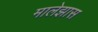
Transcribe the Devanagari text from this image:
मालेझास